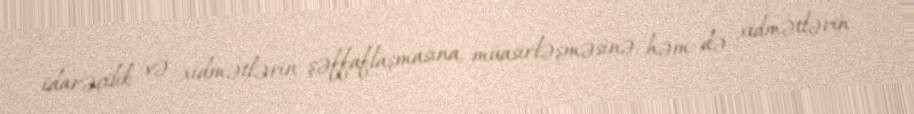
idarəçilik və xidmətlərin şəffaflaşmasına, müasirləşməsinə, həm də xidmətlərin